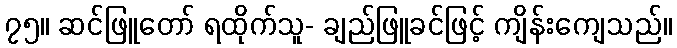
၇၅။ ဆင်ဖြူတော် ရထိုက်သူ- ချည်ဖြူခင်ဖြင့် ကျိန်းကျေသည်။